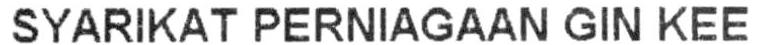
SYARIKAT PERNIAGAAN GIN KEE